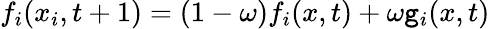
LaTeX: f_{i}(x_{i},t+1)=(1-\omega)f_{i}(x,t)+\omega\mathtt{g}_{i}(x,t)